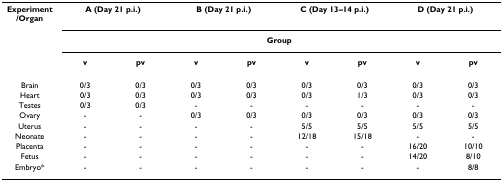
<table><thead><tr><td><b>Experiment/Organ</b></td><td colspan="2"><b>A (Day 21 p.i.)</b></td><td colspan="2"><b>B (Day 21 p.i.)</b></td><td colspan="2"><b>C (Day 13–14 p.i.)</b></td><td colspan="2"><b>D (Day 21 p.i.)</b></td></tr><tr><td></td><td colspan="8"><b>Group</b></td></tr><tr><td></td><td><b>v</b></td><td><b>pv</b></td><td><b>v</b></td><td><b>pv</b></td><td><b>v</b></td><td><b>pv</b></td><td><b>v</b></td><td><b>pv</b></td></tr></thead><tbody><tr><td>Brain</td><td>0/3</td><td>0/3</td><td>0/3</td><td>0/3</td><td>0/3</td><td>0/3</td><td>0/3</td><td>0/3</td></tr><tr><td>Heart</td><td>0/3</td><td>0/3</td><td>0/3</td><td>0/3</td><td>0/3</td><td>1/3</td><td>0/3</td><td>0/3</td></tr><tr><td>Testes</td><td>0/3</td><td>0/3</td><td>-</td><td>-</td><td>-</td><td>-</td><td>-</td><td>-</td></tr><tr><td>Ovary</td><td>-</td><td>-</td><td>0/3</td><td>0/3</td><td>0/3</td><td>0/3</td><td>0/3</td><td>0/3</td></tr><tr><td>Uterus</td><td>-</td><td>-</td><td>-</td><td>-</td><td>5/5</td><td>5/5</td><td>5/5</td><td>5/5</td></tr><tr><td>Neonate</td><td>-</td><td>-</td><td>-</td><td>-</td><td>12/18</td><td>15/18</td><td>-</td><td>-</td></tr><tr><td>Placenta</td><td>-</td><td>-</td><td>-</td><td>-</td><td>-</td><td>-</td><td>16/20</td><td>10/10</td></tr><tr><td>Fetus</td><td>-</td><td>-</td><td>-</td><td>-</td><td>-</td><td>-</td><td>14/20</td><td>8/10</td></tr><tr><td>Embryo*</td><td>-</td><td>-</td><td>-</td><td>-</td><td>-</td><td>-</td><td>-</td><td>8/8</td></tr></tbody></table>